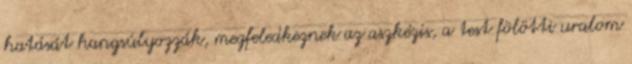
hatását hangsúlyozzák, megfeledkeznek az aszkézis, a test fölötti uralom